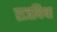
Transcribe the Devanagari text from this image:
राजथिथा